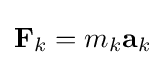
\mathbf {F} _{k}=m_{k}\mathbf {a} _{k}